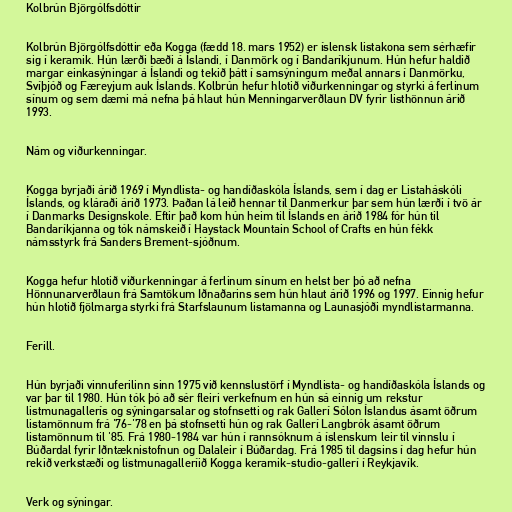
Kolbrún Björgólfsdóttir

Kolbrún Björgólfsdóttir eða Kogga (fædd 18. mars 1952) er íslensk listakona sem sérhæfir
sig í keramik. Hún lærði bæði á Íslandi, í Danmörk og í Bandaríkjunum. Hún hefur haldið
margar einkasýningar á Íslandi og tekið þátt í samsýningum meðal annars í Danmörku,
Svíþjóð og Færeyjum auk Íslands. Kolbrún hefur hlotið viðurkenningar og styrki á ferlinum
sínum og sem dæmi má nefna þá hlaut hún Menningarverðlaun DV fyrir listhönnun árið
1993.

Nám og viðurkenningar.

Kogga byrjaði árið 1969 í Myndlista- og handíðaskóla Íslands, sem í dag er Listaháskóli
Íslands, og kláraði árið 1973. Þaðan lá leið hennar til Danmerkur þar sem hún lærði í tvö ár
í Danmarks Designskole. Eftir það kom hún heim til Íslands en árið 1984 fór hún til
Bandaríkjanna og tók námskeið í Haystack Mountain School of Crafts en hún fékk
námsstyrk frá Sanders Brement-sjóðnum.

Kogga hefur hlotið viðurkenningar á ferlinum sínum en helst ber þó að nefna
Hönnunarverðlaun frá Samtökum Iðnaðarins sem hún hlaut árið 1996 og 1997. Einnig hefur
hún hlotið fjölmarga styrki frá Starfslaunum listamanna og Launasjóði myndlistarmanna.

Ferill.

Hún byrjaði vinnuferilinn sinn 1975 við kennslustörf í Myndlista- og handíðaskóla Íslands og
var þar til 1980. Hún tók þó að sér fleiri verkefnum en hún sá einnig um rekstur
listmunagallerís og sýningarsalar og stofnsetti og rak Gallerí Sólon Íslandus ásamt öðrum
listamönnum frá '76-'78 en þá stofnsetti hún og rak Gallerí Langbrók ásamt öðrum
listamönnum til '85. Frá 1980-1984 var hún í rannsóknum á íslenskum leir til vinnslu í
Búðardal fyrir Iðntæknistofnun og Dalaleir í Búðardag. Frá 1985 til dagsins í dag hefur hún
rekið verkstæði og listmunagalleríið Kogga keramik-studio-gallerí í Reykjavík.

Verk og sýningar.